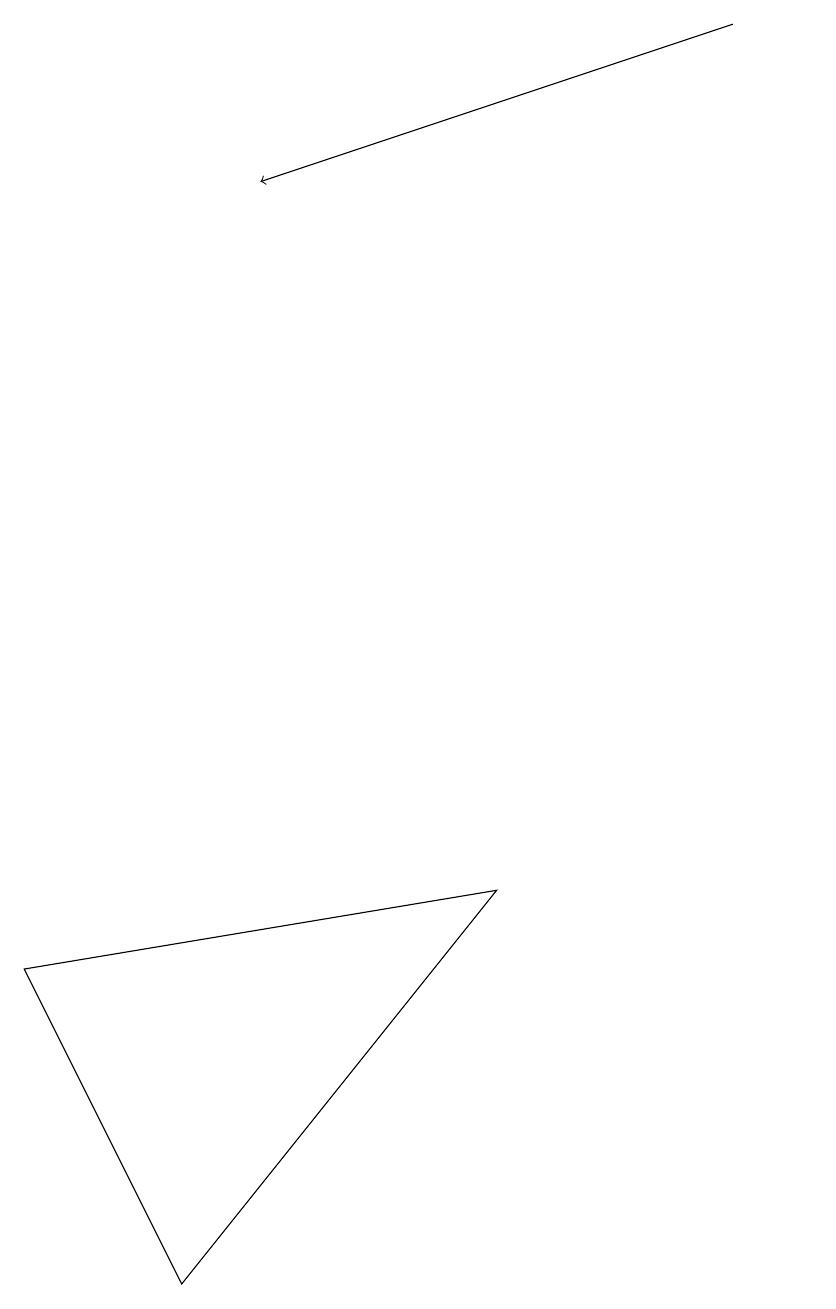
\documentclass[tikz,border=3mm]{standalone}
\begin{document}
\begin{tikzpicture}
\draw (0,4) -- (2,0) -- (6,5) -- cycle;
\draw[->] (9,16) -- (3,14);
\draw (10,12) circle (0);
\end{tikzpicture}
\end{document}